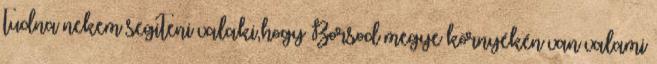
tudna nekem segiteni valaki,hogy Borsod megye környékén van valami